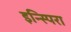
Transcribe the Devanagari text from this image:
इन्स्पिरा